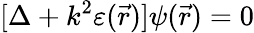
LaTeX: [\Delta+k^{2}\varepsilon(\vec{r})]\psi(\vec{r})=0